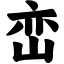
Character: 峦